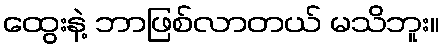
ထွေးနဲ့ ဘာဖြစ်လာတယ် မသိဘူး။